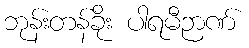
ဘုန်းတန်ခိုး ပါရမီဉာဏ်